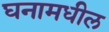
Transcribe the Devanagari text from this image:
घनामधील